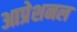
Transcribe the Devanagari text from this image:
आप्रेशनल